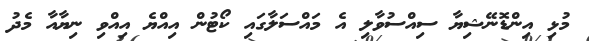
މުޅި އިންޑޮނޭޝިޔާ ސިއްސުވާލި އެ މައްސަލާގައި ކޯޓުން އިއްޔެ އިއްވި ނިޔާއާ މެދު